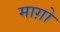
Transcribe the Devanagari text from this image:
माग़ो